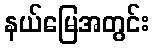
နယ်မြေအတွင်း